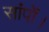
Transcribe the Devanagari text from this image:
सांपों।